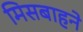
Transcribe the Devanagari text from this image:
मिसबाहने